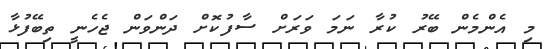
މި އެންމެން ބޭރު ކުރާ ނަމަ ވަރަށް ސާފުކޮށް ދަންވަން ޖެހެނީ ތިބޭފުޅާ